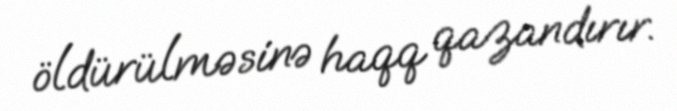
öldürülməsinə haqq qazandırır.